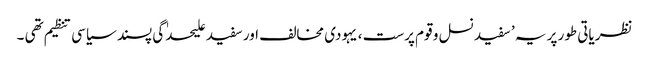
نظریاتی طور پر یہ ’ سفید نسل و قوم پرست ، یہودی مخالف اور سفید علیحدٰگی پسند سیاسی تنظیم تھی ۔